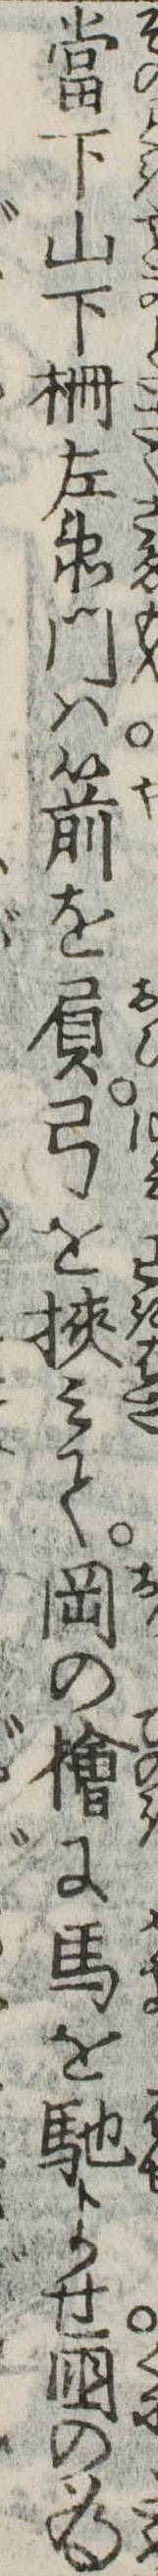
当下山下柵左衛門は箭を負弓を挟みて岡の桧に馬を馳よせ国の為